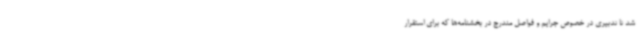
شد تا تدبیری در خصوص جرایم و فواصل مندرج در بخشنامه‌ها که برای استقرار